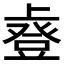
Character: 𫠿